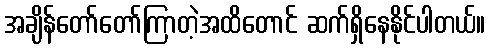
အချိန်တော်တော်ကြာတဲ့အထိတောင် ဆက်ရှိနေနိုင်ပါတယ်။